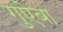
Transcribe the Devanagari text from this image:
गुऐबा